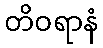
တိဝရာနံ